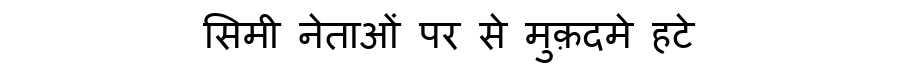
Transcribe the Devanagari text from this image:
सिमी नेताओं पर से मुक़दमे हटे